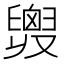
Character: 𦦒